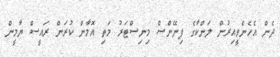
ދެން އެހެންވީއިރުން ލަންކާގެ ފިނޭންސް މިނިސްޓަރު މަތި އޮމާން ކުރަން ރައީސް ޔާމީން